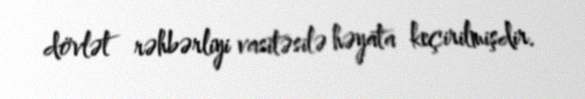
dövlət rəhbərliyi vasitəsilə həyata keçirilmişdir.